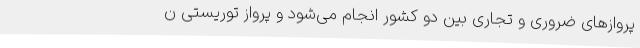
پروازهای ضروری و تجاری بین دو کشور انجام می‌شود و پرواز توریستی ن